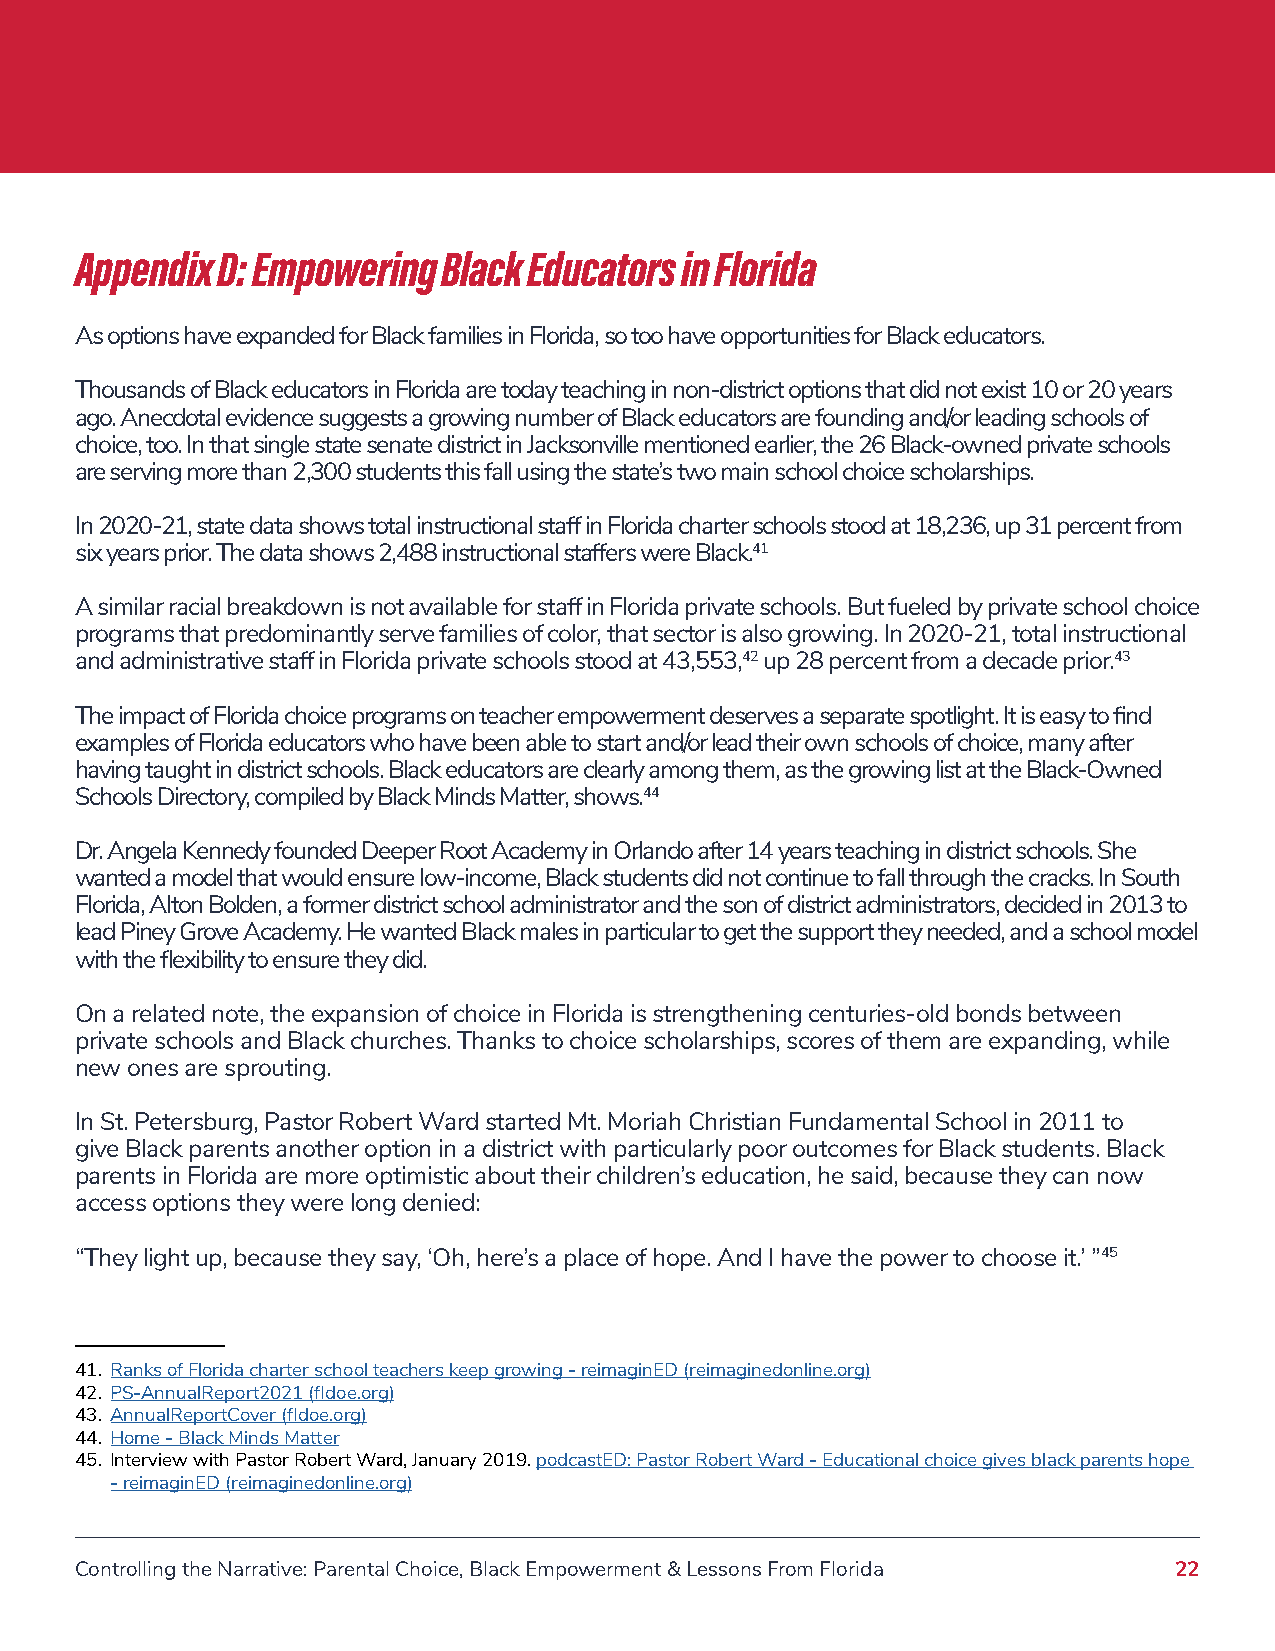
Appendix D: Empowering  Black Educators in Florida
 As options have expanded for Black families in Florida, so too have opportunities for Black educators.
 Thousands of Black educators in Florida are today teaching in non-district options that did not exist 10 or 20 years
 ago. Anecdotal evidence suggests a growing number of Black educators are founding and/or leading schools of
 choice, too. In that single state senate district in Jacksonville mentioned earlier, the 26 Black-owned private schools
 are serving more than 2,300 students this fall using the state’s two main school choice scholarships.
 In 2020-21, state data shows total instructional staff in Florida charter schools stood at 18,236, up 31 percent from
 six years prior. The data shows 2,488 instructional staffers were Black.41
 A similar racial breakdown is not available for staff in Florida private schools. But fueled by private school choice
 programs that predominantly serve families of color, that sector is also growing. In 2020-21, total instructional
 and administrative staff in Florida private schools stood at 43,553,42 up 28 percent from a decade prior.43
 The impact of Florida choice programs on teacher empowerment deserves a separate spotlight. It is easy to find
 examples of Florida educators who have been able to start and/or lead their own schools of choice, many after
 having taught in district schools. Black educators are clearly among them, as the growing list at the Black-Owned
 Schools Directory, compiled by Black Minds Matter, shows.44
 Dr. Angela Kennedy founded Deeper Root Academy in Orlando after 14 years teaching in district schools. She
 wanted a model that would ensure low-income, Black students did not continue to fall through the cracks. In South
 Florida, Alton Bolden, a former district school administrator and the son of district administrators, decided in 2013 to
 lead Piney Grove Academy. He wanted Black males in particular to get the support they needed, and a school model
 with the flexibility to ensure they did.
 On a related note, the expansion of choice in Florida is strengthening centuries-old bonds between
 private schools and Black churches. Thanks to choice scholarships, scores of them are expanding, while
 new ones are sprouting.
 In St. Petersburg, Pastor Robert Ward started Mt. Moriah Christian Fundamental School in 2011 to
 give Black parents another option in a district with particularly poor outcomes for Black students. Black
 parents in Florida are more optimistic about their children’s education, he said, because they can now
 access options they were long denied:
 “They light up, because they say, ‘Oh, here’s a place of hope. And I have the power to choose it.’ ”45
 41. Ranks of Florida charter school teachers keep growing - reimaginED (reimaginedonline.org)
 42. PS-AnnualReport2021 (fldoe.org)
 43. AnnualReportCover (fldoe.org)
 44. Home - Black Minds Matter
 45. Interview with Pastor Robert Ward, January 2019. podcastED: Pastor Robert Ward - Educational choice gives black parents hope
 - reimaginED (reimaginedonline.org)
 Controlling the Narrative: Parental Choice, Black Empowerment & Lessons From Florida 22